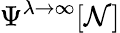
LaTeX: \Psi^{\lambda\to\infty}[\mathcal{N}]